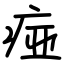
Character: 痖